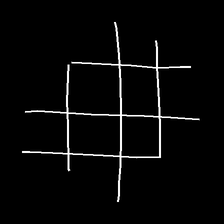
Glyph: crystal